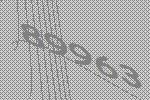
89963